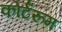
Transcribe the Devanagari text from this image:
कोर्टरूम